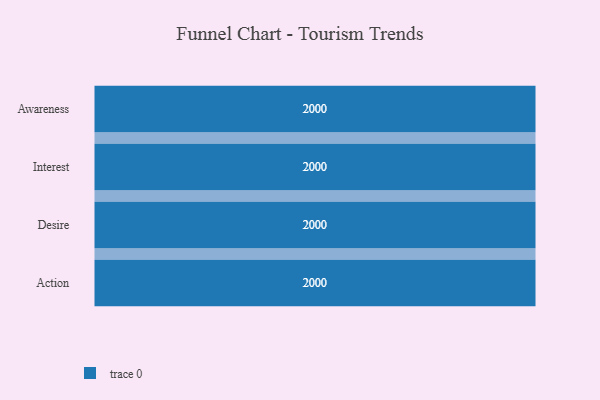
{"axis": {"x": "Stage", "y": "Value"}, "legend": [""], "data": [{"x": "Awareness", "y": 2000, "type": ""}, {"x": "Interest", "y": 2000, "type": ""}, {"x": "Desire", "y": 2000, "type": ""}, {"x": "Action", "y": 2000, "type": ""}]}